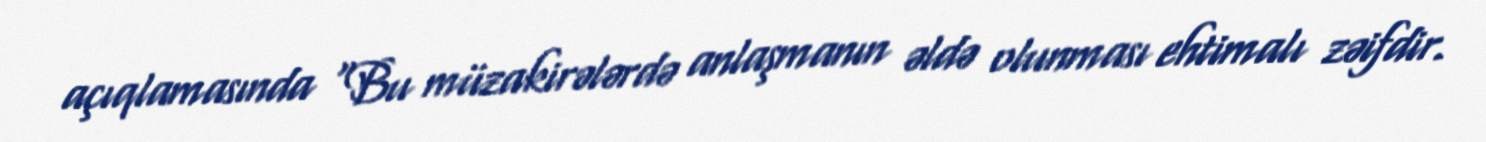
açıqlamasında “Bu müzakirələrdə anlaşmanın əldə olunması ehtimalı zəifdir.